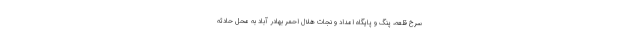
سرخ قلعه، پنگ و پایگاه امداد و نجات هلال احمر بهادر آباد به محل حادثه